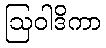
ဩဝါဒိကာ